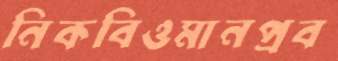
নিকবিওমানপ্রব